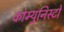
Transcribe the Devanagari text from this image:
कोम्युनिस्टों